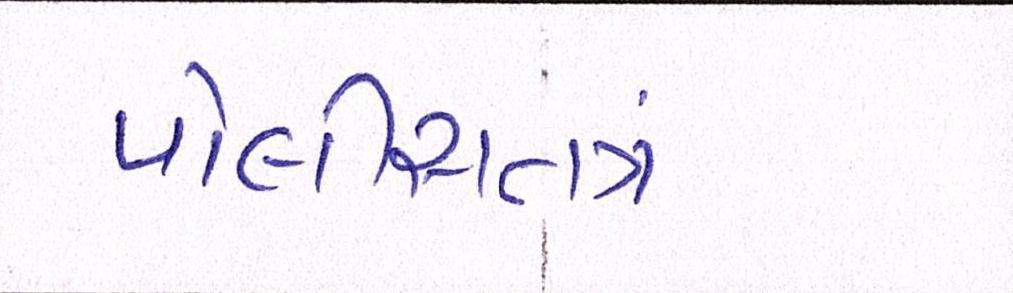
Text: પોલીસતત્રં